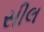
સીલ